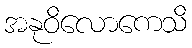
အနုဝိလောကေသိ